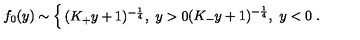
f _ { 0 } ( y ) \sim \left\{ \begin{matrix} { ( K _ { + } y + 1 ) ^ { - { \frac { 1 } { 4 } } } , \ y > 0 } \\ { ( K _ { - } y + 1 ) ^ { - { \frac { 1 } { 4 } } } , \ y < 0 } \\ \end{matrix} \right. .